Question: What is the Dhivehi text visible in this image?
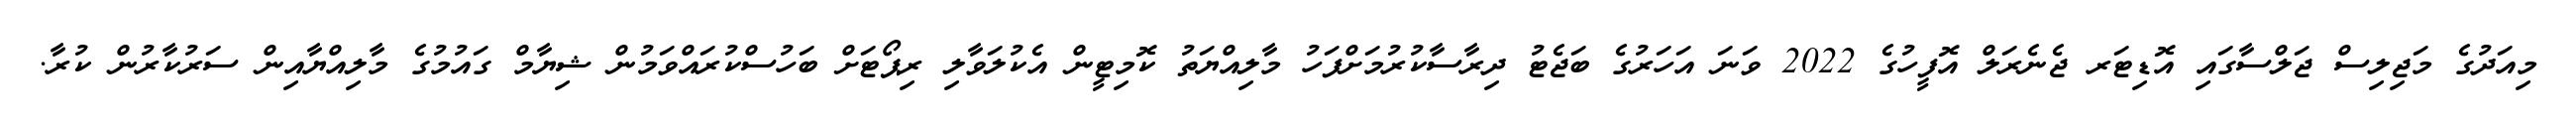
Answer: މިއަދުގެ މަޖިލިސް ޖަލްސާގައި އޮޑިޓަރ ޖެނެރަލް އޮފީހުގެ 2022 ވަނަ އަހަރުގެ ބަޖެޓު ދިރާސާކުރުމަށްފަހު މާލިއްޔަތު ކޮމިޓީން އެކުލަވާލި ރިޕޯޓަށް ބަހުސްކުރައްވަމުން ޝިޔާމް ގައުމުގެ މާލިއްޔާއިން ސަރުކާރުން ކުރާ.